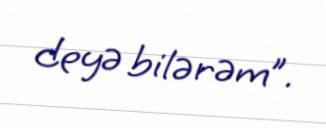
deyə bilərəm”.